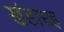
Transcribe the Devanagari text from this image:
खंडासह